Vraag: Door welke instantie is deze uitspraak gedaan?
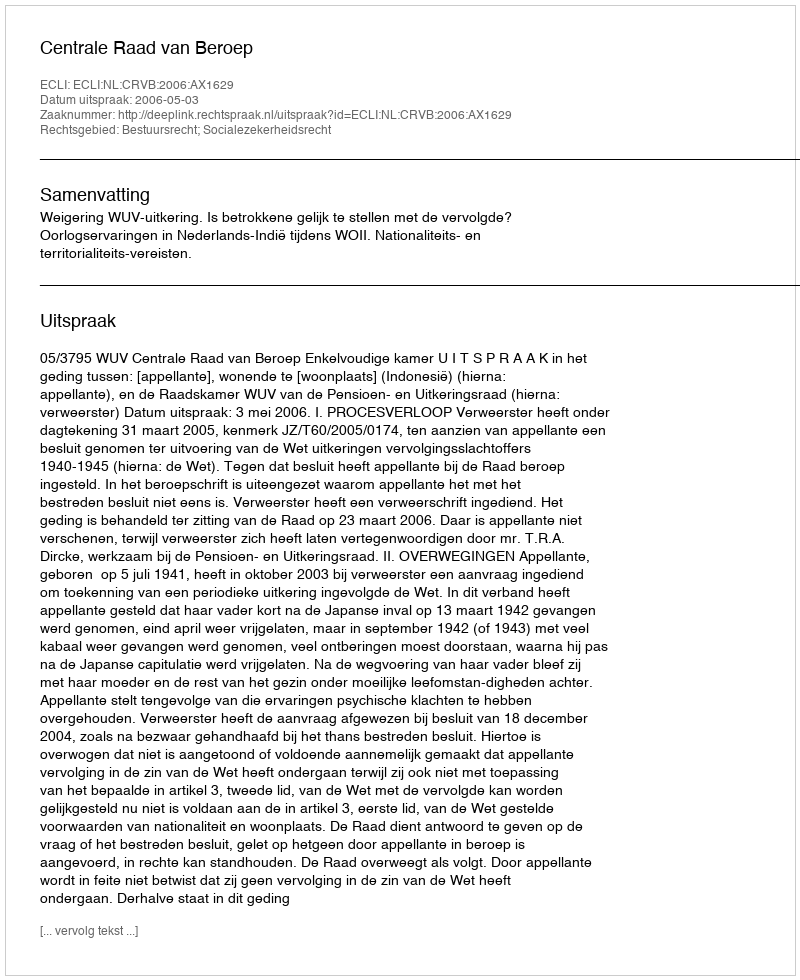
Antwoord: Centrale Raad van Beroep